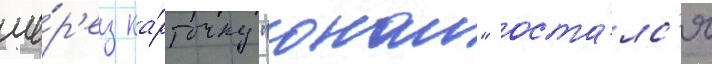
че́р'ез ка́рточку "онаи" оста́лс'я